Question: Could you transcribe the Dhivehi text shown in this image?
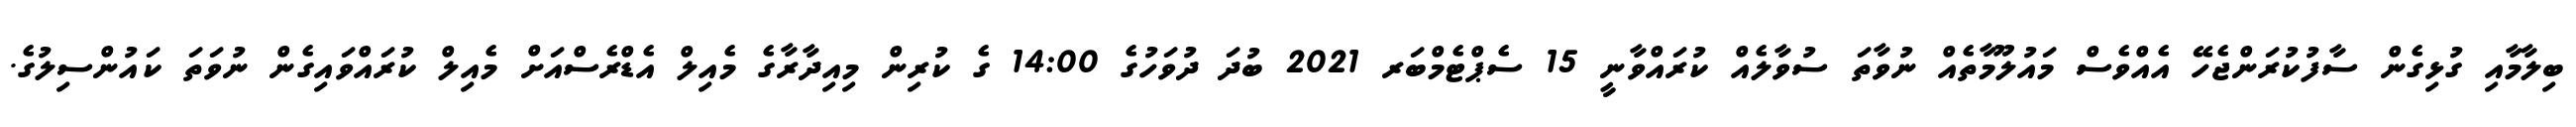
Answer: ބިލާމާއި ގުޅިގެން ސާފުކުރަންޖެހޭ އެއްވެސް މައުލޫމާތެއް ނުވާތަ ސުވާލެއް ކުރައްވާނީ 15 ސެޕްޓެމްބަރ 2021 ބުދަ ދުވަހުގެ 14:00 ގެ ކުރިން މިއިދާރާގެ މެއިލް އެޑްރެސްއަށް މެއިލް ކުރައްވައިގެން ނުވަތަ ކައުންސިލުގެ.